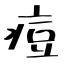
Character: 痘